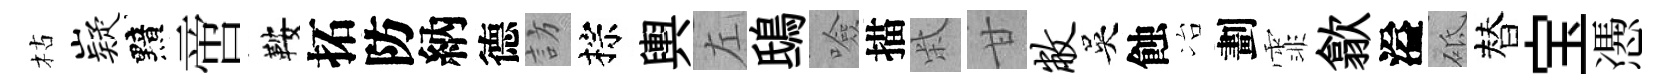
枯嶷黯啻鞍拓防納德訪棕輿左鴟噞描柴甘敝吳蝕冶劃霏歙溢砥替宝慿